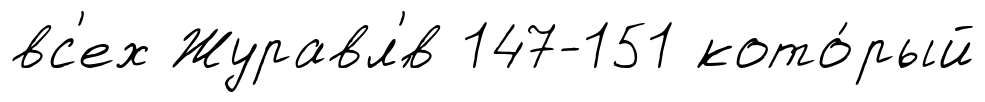
вс'ех Журавл'́в 147-151 кото́рый